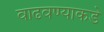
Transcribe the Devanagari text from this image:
वाढवण्याकडे